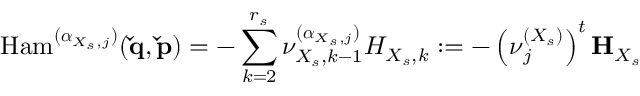
\mathrm { H a m } ^ { ( \boldsymbol { \alpha } _ { X _ { s } , j } ) } ( \mathbf { \check { q } } , \mathbf { \check { p } } ) = - \sum _ { k = 2 } ^ { r _ { s } } \nu _ { X _ { s } , k - 1 } ^ { ( \boldsymbol { \alpha } _ { X _ { s } , j } ) } H _ { X _ { s } , k } : = - \left( \boldsymbol { \nu } _ { j } ^ { ( X _ { s } ) } \right) ^ { t } \mathbf { H } _ { X _ { s } }